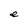
Character: e